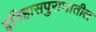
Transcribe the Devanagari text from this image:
इतिहासपुराणातील